Assam Mental Hospital (Tezpur, India) - 1933-1948
Year: 1933
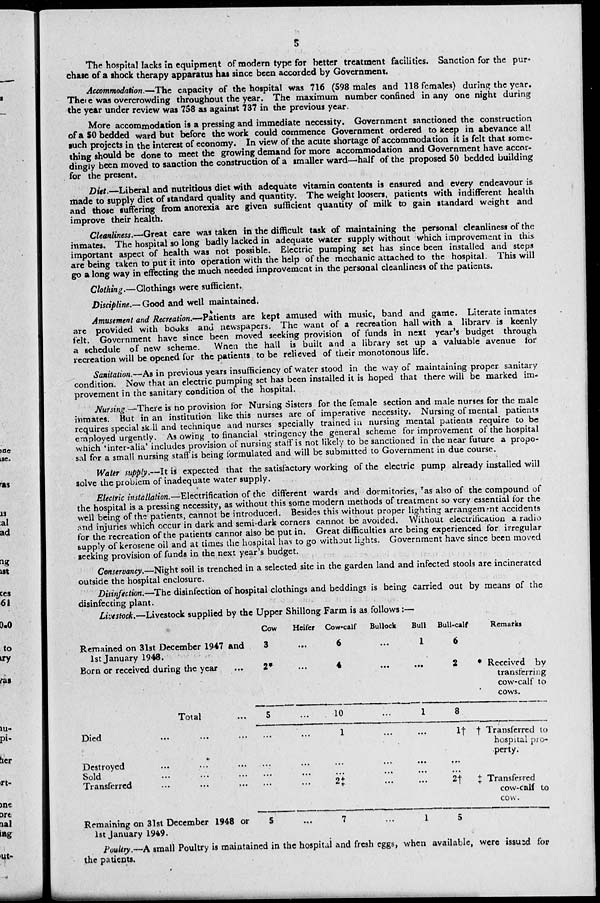
5
The hospital lacks in equipment of modern type for better treatment facilities. Sanction for the pur-
chase of a shock therapy apparatus has since been accorded by Government.
Accommodation.—The capacity of the hospital was 716 (598 males and 118 females) during the year.
There was overcrowding throughout the year. The maximum number confined in any one night during
the year under review was 758 as against 737 in the previous year.
More accommodation is a pressing and immediate necessity. Government sanctioned the construction
of a 50 bedded ward but before the work could commence Government ordered to keep in abevance all
such projects in the interest of economy. In view of the acute shortage of accommodation it is felt that some-
thing should be done to meet the growing demand for more accommodation and Government have accor-
dingly been moved to sanction the construction of a smaller ward—half of the proposed 50 bedded building
for the present.
Diet.—Liberal and nutritious diet with adequate vitamin contents is ensured and every endeavour is
made to supply diet of standard quality and quantity. The weight loosers, patients with indifferent health
and those suffering from anorexia are given sufficient quantity of milk to gain standard weight and
improve their health.
Cleanliness.—Great care was taken in the difficult task of maintaining the personal cleanliness of the
inmates. The hospital so long badly lacked in adequate water supply without which improvement in this
important aspect of health was not possible. Electric pumping set has since been installed and steps
are being taken to put it into operation with the help of the mechanic attached to the hospital. This will
go a long way in effecting the much needed improvement in the personal cleanliness of the patients.
Clothing.—Clothings were sufficient.
Discipline.—Good and well maintained.
Amusement and Recreation.—Patients are kept amused with music, band and game. Literate inmates
are provided with books and newspapers. The want of a recreation hall with a library is keenly
felt. Government have since been moved seeking provision of funds in next year's budget through
a schedule of new scheme. When the hall is built and a library set up a valuable avenue for
recreation will be opened for the patients to be relieved of their monotonous life.
Sanitation.—As in previous years insufficiency of water stood in the way of maintaining proper sanitary
condition. Now that an electric pumping set has been installed it is hoped that there will be marked im-
provement in the sanitary condition of the hospital.
Nursing.—There is no provision for Nursing Sisters for the female section and male nurses for the male
inmates. But in an institution like this nurses are of imperative necessity. Nursing of mental patients
requires special skill and technique and nurses specially trained in nursing mental patients require to be
employed urgently. As owing to financial stringency the general scheme for improvement of the hospital
which 'inter-alia' includes provision of nursing staff is not likely to be sanctioned in the near future a propo-
sal for a small nursing staff is being formulated and will be submitted to Government in due course.
Water supply.—It is expected that the satisfactory working of the electric pump already installed will
solve the problem of inadequate water supply.
Electric installation.—Electrification of the different wards and dormitories, 'as also of the compound of
the hospital is a pressing necessity, as without this some modern methods of treatment so very essential for the
well being of the patients, cannot be introduced. Besides this without proper lighting arrangement accidents
and injuries which occur in dark and semi-dark corners cannot be avoided. Without electrification a radio
for the recreation of the patients cannot also be put in. Great difficulties are being experienced for irregular
supply of kerosene oil and at times the hospital has to go without lights. Government have since been moved
seeking provision of funds in the next year's budget.
Conservancy.—Night soil is trenched in a selected site in the garden land and infected stools are incinerated
outside the hospital enclosure.
Disinfection.—The disinfection of hospital clothings and beddings is being carried out by means of the
disinfecting plant.
Livestock.—Livestock supplied by the Upper Shillong Farm is as follows:—
Remained on 31st December 1947 and
1st January 1948.
Born or received during the year ...
Total ...
Died ... ... ...
Destroyed ... ... ...
Sold ... ... ...
Transferred ... ... ...
Remaining on 31st December 1948 or
1st January 1949.
Cow
3
2*
5
...
...
...
...
5
Heifer
...
...
...
...
...
...
...
...
Cow-calf
6
4
10
1
...
...
2‡
7
Bullock
...
...
...
...
...
...
...
...
Bull
1
...
1
...
...
...
...
1
Bull-calf
6
2
*
8
1 † †
...
...
2† ‡
5
Remarks
Received by
transferring
cow-calf to
cows.
Transferred to
hospital pro¬
perty.
Transferred
cow-calf to
cow.
Poultry.—A small Poultry is maintained in the hospital and fresh eggs, when available, were issued for
the patients.